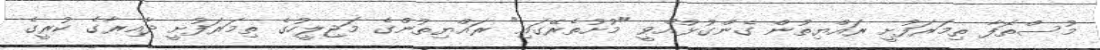
މުސްތޮފާ ތިމަރަފުށީ ރައްޔިތުން ގެންގުޅުއްވީ "މުށުތެރޭގައި" ރައްޔިތުންގެ މަޖިލީހުގެ ތިމަރަފުށީ ދާއިރާގެ ކުރީގެ